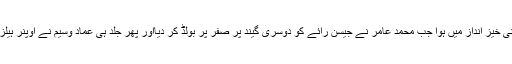
انگلینڈ ٹیم کی جوابی اننگز کا آغاز سنسنی خیز انداز میں ہوا جب محمد عامر نے جیسن رائے کو دوسری گیند پر صفر پر بولڈ کر دیااور پھر جلد ہی عماد وسیم نے اوپنر ہیلز کو 14رنز بنانے کے بعد بولڈ کر دیا۔